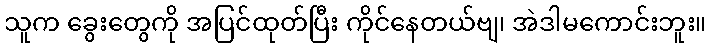
သူက ခွေးတွေကို အပြင်ထုတ်ပြီး ကိုင်နေတယ်ဗျ၊ အဲဒါမကောင်းဘူး။